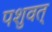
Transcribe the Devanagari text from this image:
पशुवत्